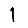
Digit: 1